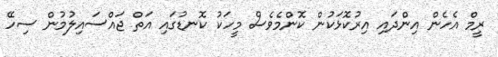
ރީމް އެހެން އިންދައި އިރުކޮޅަކުން ކޮންމެވެސް މީހަކު ކޮނޑުގައި އަތް ޖައްސައިލުމުން ސިހޭ